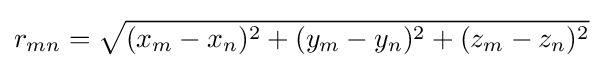
r_{mn}={\sqrt {(x_{m}-x_{n})^{2}+(y_{m}-y_{n})^{2}+(z_{m}-z_{n})^{2}}}